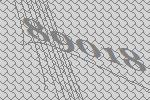
89018